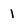
Character: 1